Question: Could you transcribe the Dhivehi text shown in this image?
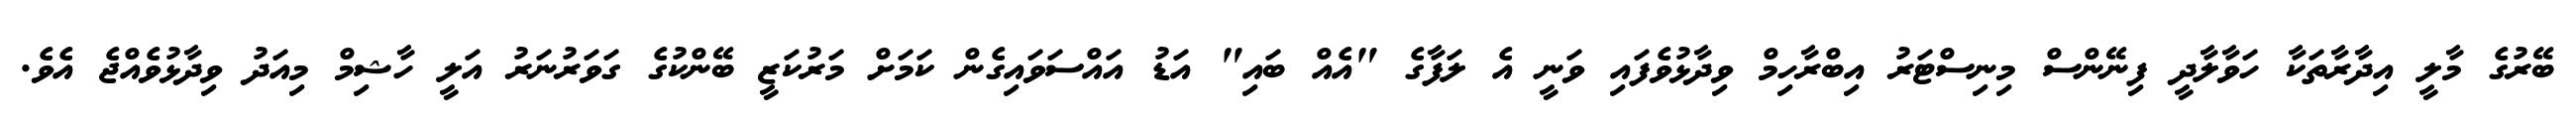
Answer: ބޭރުގެ މާލީ އިދާރާތަކާ ހަވާލާދީ ފިނޭންސް މިނިސްޓަރު އިބްރާހިމް ވިދާޅުވެފައި ވަނީ އެ ލަފާގެ "އެއް ބައި" އަޑު އައްސަވައިގެން ކަމަށް މަރުކަޒީ ބޭންކުގެ ގަވަރުނަރު އަލީ ހާޝިމް މިއަދު ވިދާޅުވެއްޖެ އެވެ.